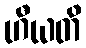
ဟီယတိ